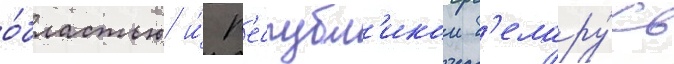
о́бластью и́ р'еспубл'икои б'елару́сь